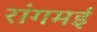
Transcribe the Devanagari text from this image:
रांगमई